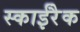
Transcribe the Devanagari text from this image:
स्काईरैक